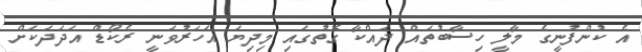
އެ ކުންފުނީގެ މާލީ ހިސާބުތައް ދައްކާ ގޮތުގައި މިދިޔަ އަހަރުވަނީ ރެކޯޑް އަދަދަކަށް